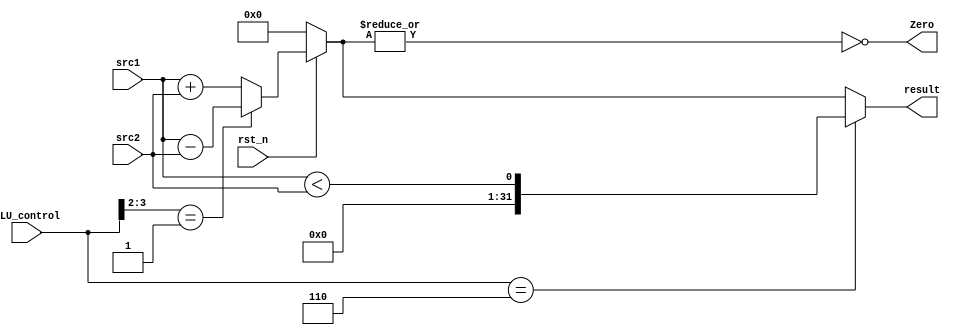
/***************************************************
Student Name:aBPs
Student ID: group11_0816012_0816028 
***************************************************/

   `timescale 1ns/1ps

   module alu(
       input                   rst_n,         // negative reset            (input)
       input        [32-1:0]   src1,          // 32 bits source 1          (input)
       input        [32-1:0]   src2,          // 32 bits source 2          (input)
       input        [ 4-1:0]   ALU_control,   // 4 bits ALU control input  (input)
       output       [32-1:0]   result,        // 32 bits result            (output)
       output               Zero          // 1 bit when the output is 0, zero must be set (output)
   );
   wire signed [31:0] a = src1;
   wire signed [31:0] b = src2;
   reg signed [31:0] r;
   always@ (*) begin
        if(rst_n)
            case(ALU_control[3:2])
                2'b00:begin
                    r = a + b;
                end
                2'b01:begin
                    r = a - b;
                end
                default:begin
                    r = a + b;
                end
            endcase
       else 
            r = 0;
        
   end
   assign result = ALU_control == 4'b0110 ? (a<b) : r;
   assign Zero = ~(|r);

   endmodule